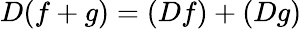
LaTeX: D(f+g)=(Df)+(Dg)